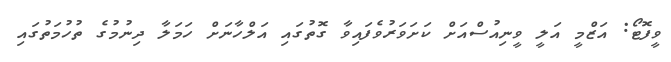
ވީފޮޓޯ: އަޒްމީ އަލީ ވީނިއުސްއަށް ކަށަވަރުވެފައިވާ ގޮތުގައި އަލްހާނަށް ހަމަލާ ދިނުމުގެ ތުހުމަތުގައި